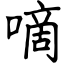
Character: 嘀